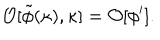
LaTeX: { \cal O } [ \tilde { \phi } ( \kappa ) , \kappa ] = { \cal O } [ \phi ^ { \prime } ] .